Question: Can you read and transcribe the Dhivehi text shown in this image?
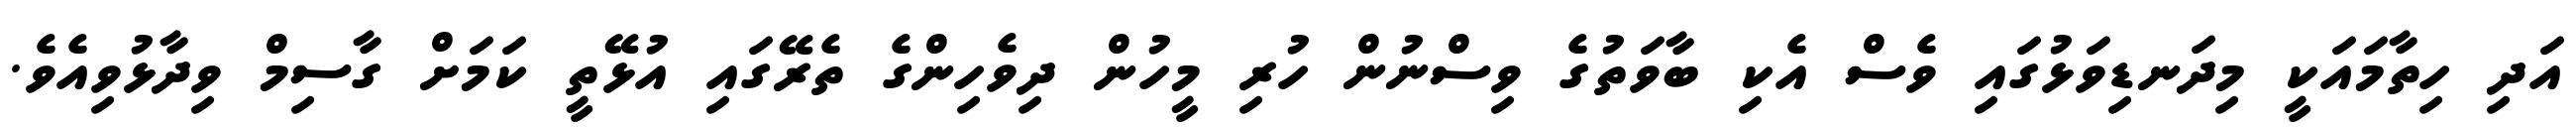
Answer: އަދި ހިތާމައަކީ މިދަނޑިވަޅުގައި ވެސް އެކި ބާވަތުގެ ވިސްނުން ހުރި މީހުން ދިވެހިންގެ ތެރޭގައި އުޅޭތީ ކަމަށް ގާސިމް ވިދާޅުވިއެވެ.